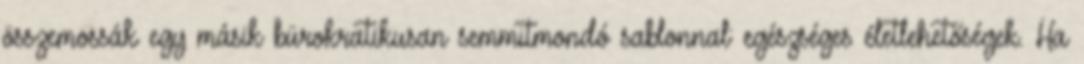
összemossák egy másik bürokratikusan semmitmondó sablonnal: egészséges életlehetőségek. Ha